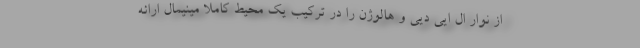
از نوار ال ایی دیی و هالوژن را در ترکیب یک محیط کاملا مینیمال ارائه